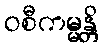
ဝစီကမ္မန္တိ